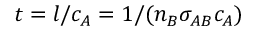
t = l / c _ { A } = 1 / ( n _ { B } \sigma _ { A B } c _ { A } )